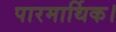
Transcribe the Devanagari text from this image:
पारमार्थिक।